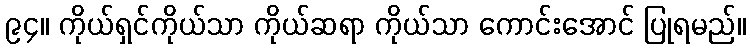
၉၄။ ကိုယ်ရှင်ကိုယ်သာ ကိုယ်ဆရာ ကိုယ်သာ ကောင်းအောင် ပြုရမည်။